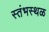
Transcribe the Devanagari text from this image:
स्तंभस्थळ